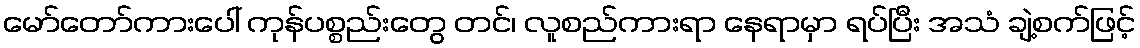
မော်တော်ကားပေါ် ကုန်ပစ္စည်းတွေ တင်၊ လူစည်ကားရာ နေရာမှာ ရပ်ပြီး အသံ ချဲ့စက်ဖြင့်